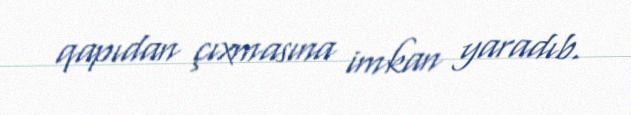
qapıdan çıxmasına imkan yaradıb.